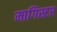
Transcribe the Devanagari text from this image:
मागिस्टर